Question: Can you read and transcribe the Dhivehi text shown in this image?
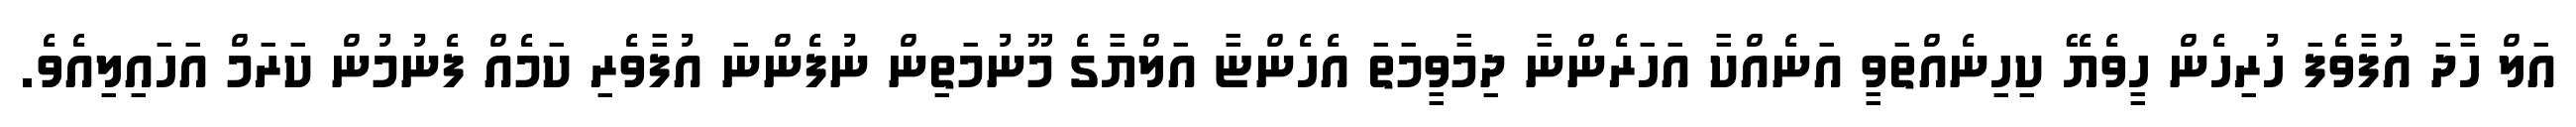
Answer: އަލް ހާދަ އުފާވެފަ ހުރިހެން ހީވެޔޭ ކިހިނެއްތަވީ އަނެއްކާ އަހަރެންނާ ދިމާވީމަތަ އެހެންޏާ އަލްޔާގެ މޫނުމަތިން ނުފެންނަ އުފާވެރި ކަމެއް ފެނުމުން ކަރަމް އަހައިލިއެވެ.